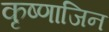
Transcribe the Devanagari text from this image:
कृष्णाजिन